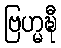
ဗြဟ္မဍ္ဎီ